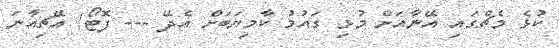
ކުޅެ މެޗްގައި އޭނާއަށް މުޅި ގައުމު ކާމިޔަބަށް އެދޭ --- ފޮޓޯ/ އޭޗިއާނަ